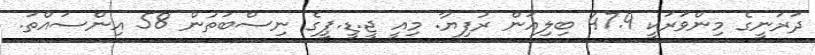
ދަރަނީގެ މިންވަރަކީ 47.9 ބިލިއަން ރުފިޔާ. މިއީ ޖީ.ޑީ.ޕީގެ ނިސްބަތުން 58 އިންސައްތަ.